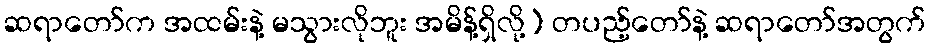
ဆရာတော်က အထမ်းနဲ့ မသွားလိုဘူး အမိန့်ရှိလို့) တပည့်တော်နဲ့ ဆရာတော်အတွက်